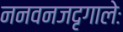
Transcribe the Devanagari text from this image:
ननवनजदृगालेः